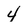
Character: 4